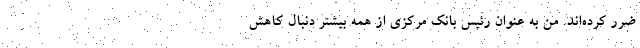
ضرر کرده‌اند. من به عنوان رئیس بانک مرکزی از همه بیشتر دنبال کاهش